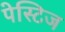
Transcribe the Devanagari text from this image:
पेस्टिज